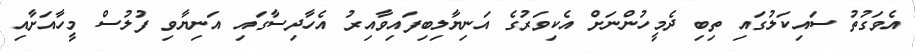
އެވަގުތު ސައިކަލުގައި ތިބި ދެމީހުންނަށް އެކިވަރުގެ އަނިޔާލިބިފައިވާއިރު އެހާދިސާގައި އަނިޔާވި ފުލުސް މީހާއަށާއި